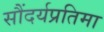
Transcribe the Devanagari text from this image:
सौंदर्यप्रतिमा